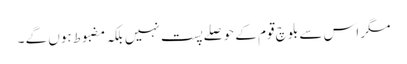
مگر اس سے بلوچ قوم کے حوصلے پست نہیں بلکہ مضبوط ہوں گے ۔